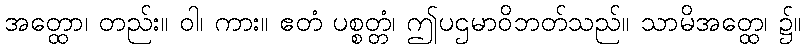
အတ္ထော၊ တည်း။ ဝါ၊ ကား။ ဧတံ ပစ္စတ္တံ၊ ဤပဌမာဝိဘတ်သည်။ သာမိအတ္ထေ၊ ၌။